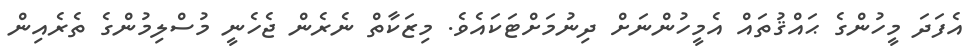
އެފަދަ މީހުންގެ ޙައްޤުތައް އެމީހުންނަށް ދިނުމަށްޓަކައެވެ. މިޒަކާތް ނެރެން ޖެހެނީ މުސްލިމުންގެ ތެރެއިން